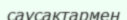
саусақтармен